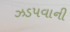
ઝડપવાની